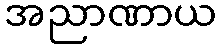
အညာဏာယ